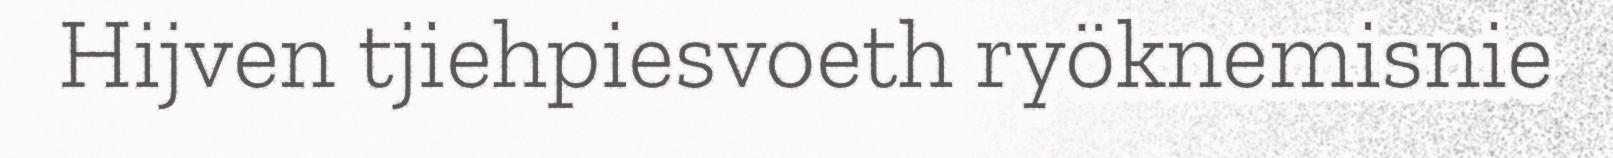
Hijven tjiehpiesvoeth ryöknemisnie